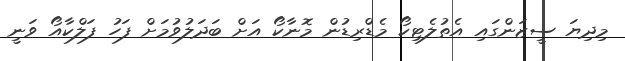
މިދިޔަ ސީޒަންގައި އެތުލެޓިކޯ މެޑްރިޑުން މޮނާކޯ އަށް ބަދަލުވުމަށް ފަހު ފަލްކާއޯ ވަނީ